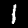
Label: 1